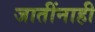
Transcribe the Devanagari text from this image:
जातींनाही